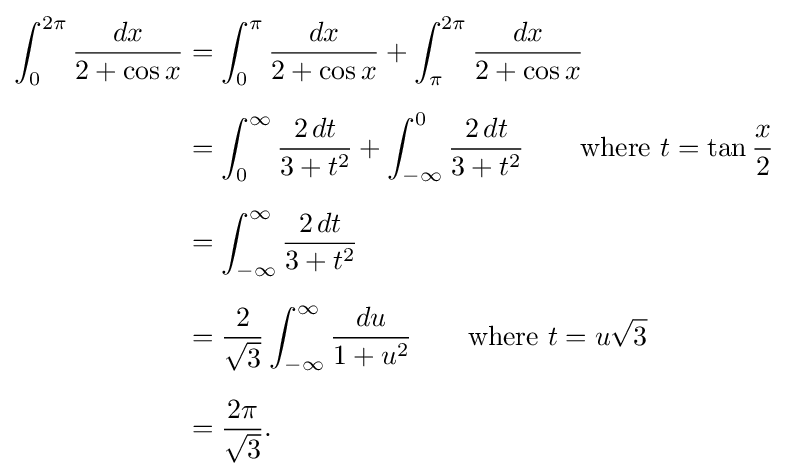
{\begin{aligned}\int _{0}^{2\pi }{\frac {dx}{2+\cos x}}&=\int _{0}^{\pi }{\frac {dx}{2+\cos x}}+\int _{\pi }^{2\pi }{\frac {dx}{2+\cos x}}\\[6pt]&=\int _{0}^{\infty }{\frac {2\,dt}{3+t^{2}}}+\int _{-\infty }^{0}{\frac {2\,dt}{3+t^{2}}}\qquad {\text{where }}t=\tan {\frac {x}{2}}\\[6pt]&=\int _{-\infty }^{\infty }{\frac {2\,dt}{3+t^{2}}}\\[6pt]&={\frac {2}{\sqrt {3}}}\int _{-\infty }^{\infty }{\frac {du}{1+u^{2}}}\qquad {\text{where }}t=u{\sqrt {3}}\\[6pt]&={\frac {2\pi }{\sqrt {3}}}.\end{aligned}}